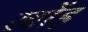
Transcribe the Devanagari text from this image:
खोंड़